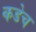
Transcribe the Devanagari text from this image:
कडेच